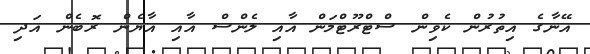
އޭނާގެ އިތުރުން ކެވިން ސްޓްރޫޓްމަން އާއި ލެންސް އާއި އާޔެން ރޮބެން އަދި